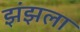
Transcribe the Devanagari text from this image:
झंझला